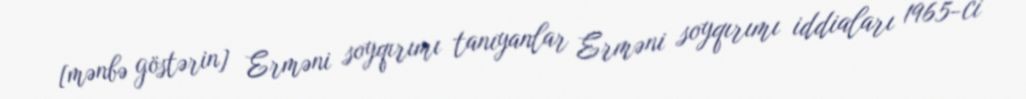
[mənbə göstərin] Erməni soyqırımı tanıyanlar Erməni soyqırımı iddiaları 1965-ci